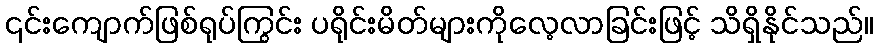
၎င်းကျောက်ဖြစ်ရုပ်ကြွင်း ပရိုင်းမိတ်များကိုလေ့လာခြင်းဖြင့် သိရှိနိုင်သည်။